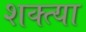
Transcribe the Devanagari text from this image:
शक्त्या